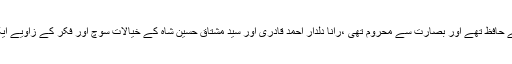
سید مشتاق حسین شاہ قرآن مجید کے حافظ تھے اور بصارت سے محروم تھی ،رانا دلدار احمد قادری اور سید مشتاق حسین شاہ کے خیالات سوچ اور فکر کے زاویے ایک ہی مرکز پر آ کر ٹھہرتے تھے۔